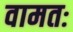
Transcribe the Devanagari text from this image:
वामतः